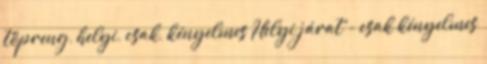
töpreng, helyi, csak, kényelmes Helyi járat - csak kényelmes